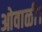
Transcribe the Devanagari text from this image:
ओवाळी।